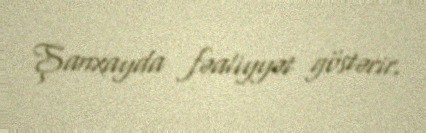
Şanxayda fəaliyyət göstərir.